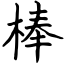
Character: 棒